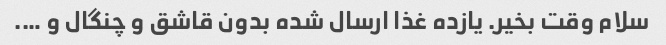
سلام وقت بخیر. یازده غذا ارسال شده بدون قاشق و چنگال و ….